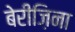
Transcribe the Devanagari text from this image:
बेरीज़िना